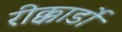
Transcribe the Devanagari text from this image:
रीक्कार्डो